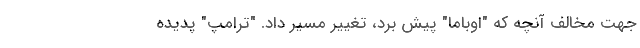
جهت مخالف آنچه که "اوباما" پیش برد، تغییر مسیر داد. "ترامپ" پدیده